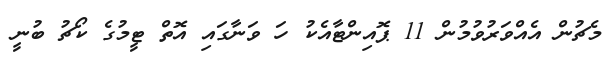
މެޗުން އެއްވަރުވުމުން 11 ޕޮއިންޓާއެކު ހަ ވަނާގައި އޮތް ޓީމުގެ ކޯޗު ބުނީ